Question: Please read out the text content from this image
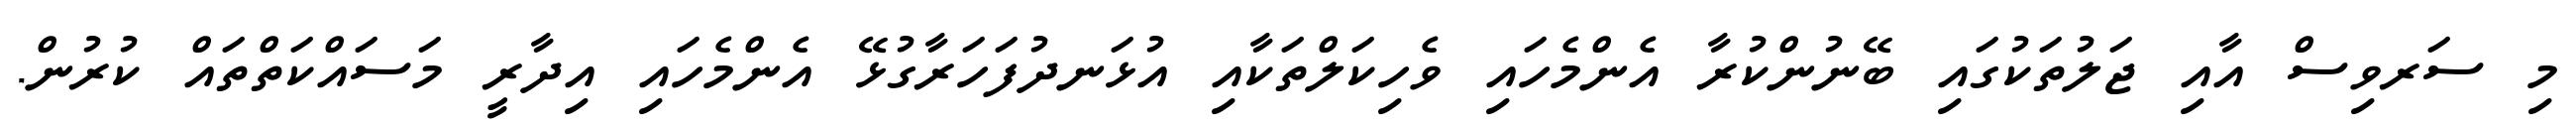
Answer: މި ސަރވިސް އާއި ޖަލުތަކުގައި ބޭނުންކުރާ އެންމެހައި ވެހިކަލްތަކާއި އުޅަނދުފަހަރާގުޅޭ އެންމެހައި އިދާރީ މަސައްކަތްތައް ކުރުން.